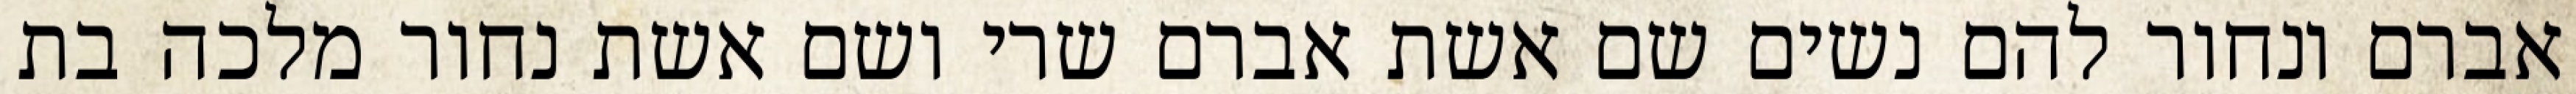
אברם ונחור להם נשים שם אשת אברם שרי ושם אשת נחור מלכה בת